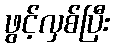
ဖွင့်လှစ်ပြီး